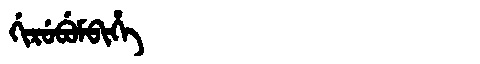
Manchu: ᡤᡳᡵᡠᠪᡠᠮᠪᡳᡥᡝ
Romanization: GIRUBUMBIHE